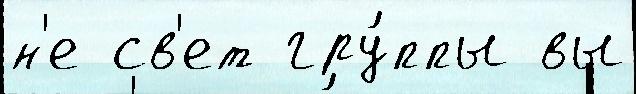
н'е св'ет гру́ппы вы